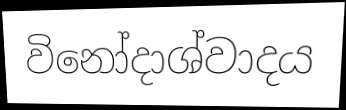
විනෝදාශ්වාදය